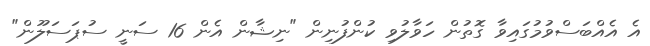
އެ އެއްބަސްވުމުގައިވާ ގޮތުން ހަވާލުވި ކުންފުނިން "ނިޝާން އެން 16 ސަނީ ސުޕަސަލޫން"